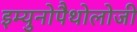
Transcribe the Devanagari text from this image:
इम्युनोपैथोलोजी